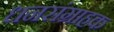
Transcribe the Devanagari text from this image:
धनसंग्राहक